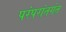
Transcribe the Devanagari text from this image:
परंपरांतर्गत